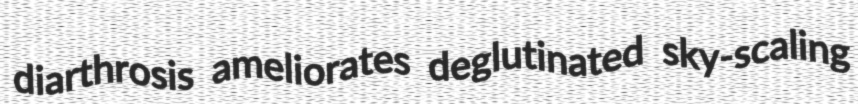
diarthrosis ameliorates deglutinated sky-scaling